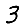
Digit: 3